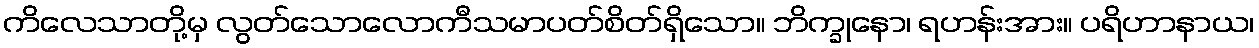
ကိလေသာတို့မှ လွတ်သောလောကီသမာပတ်စိတ်ရှိသော။ ဘိက္ခုနော၊ ရဟန်းအား။ ပရိဟာနာယ၊